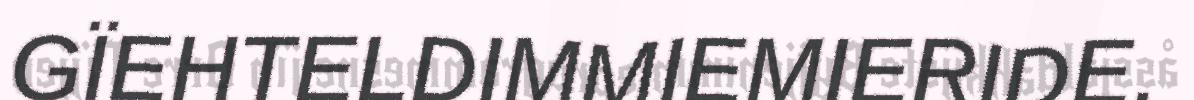
GÏEHTELDIMMIEMIERIDE.